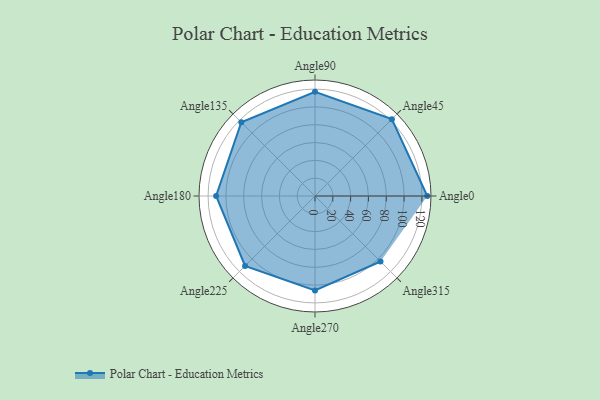
{"axis": {"x": "Angle", "y": "Radius"}, "legend": [""], "data": [{"x": "Angle0", "y": 126.0, "type": ""}, {"x": "Angle45", "y": 122.0, "type": ""}, {"x": "Angle90", "y": 117.0, "type": ""}, {"x": "Angle135", "y": 117.0, "type": ""}, {"x": "Angle180", "y": 111.0, "type": ""}, {"x": "Angle225", "y": 111.0, "type": ""}, {"x": "Angle270", "y": 106.0, "type": ""}, {"x": "Angle315", "y": 104.0, "type": ""}]}